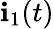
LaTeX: \mathbf{i}_{1}(t)